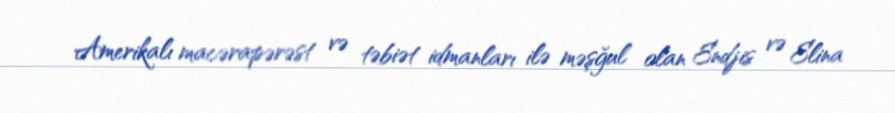
Amerikalı macərapərəst və təbiət idmanları ilə məşğul olan Endjis və Elina